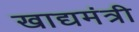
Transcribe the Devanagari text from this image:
खाद्यमंत्री